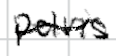
Text: pelvis
Cross-out: wave
Writing tool: digital_black